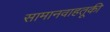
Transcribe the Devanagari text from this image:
सामानवाहतूकी